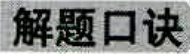
解题口诀